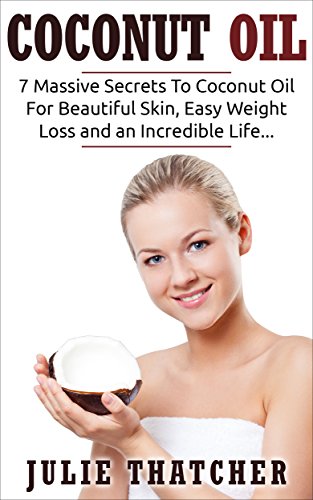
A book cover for COCONUT OIL: 7 MASSIVE Secrets To Coconut Oil For BEAUTIFUL Skin, EASY Weight Loss and an INCREDIBLE LIFE...: (Coconut, Coconut Oil, Weight Loss); Julia Thatcher; Crafts, Hobbies & Home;